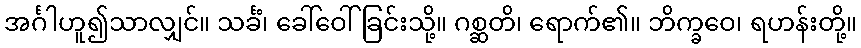
အင်္ဂါဟူ၍သာလျှင်။ သင်္ခံ၊ ခေါ်ဝေါ်ခြင်းသို့။ ဂစ္ဆတိ၊ ရောက်၏။ ဘိက္ခဝေ၊ ရဟန်းတို့။